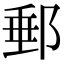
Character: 郵